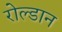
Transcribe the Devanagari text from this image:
रोल्डान